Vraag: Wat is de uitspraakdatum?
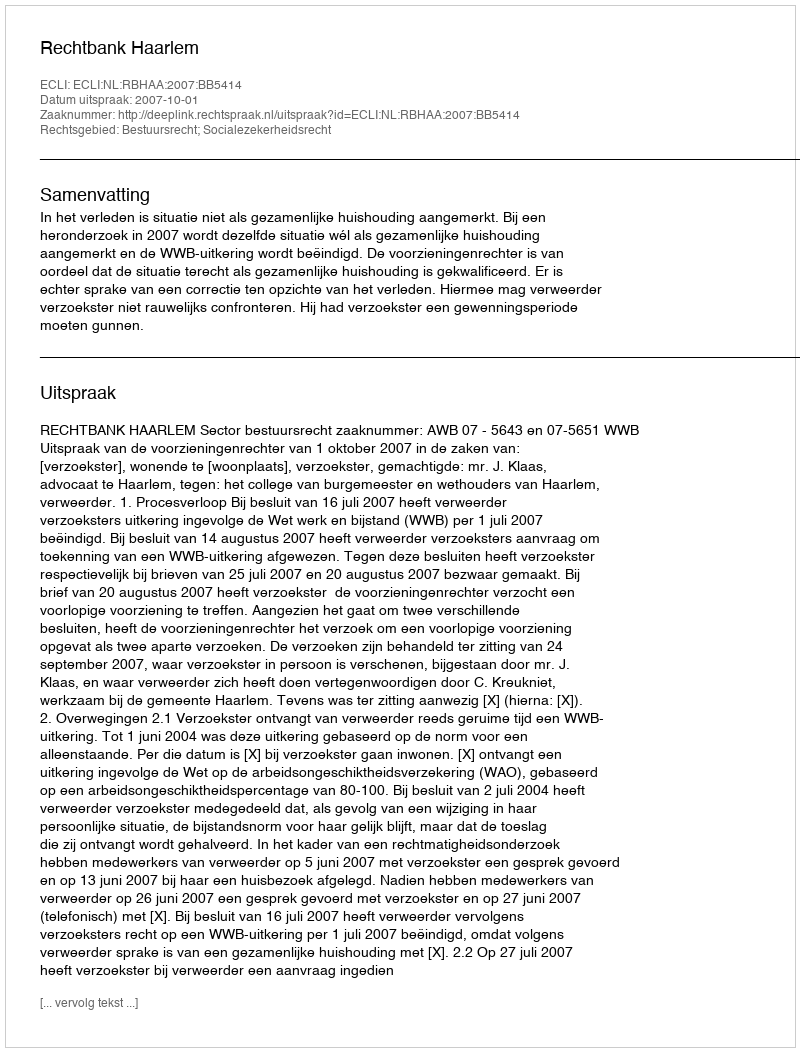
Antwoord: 2007-10-01